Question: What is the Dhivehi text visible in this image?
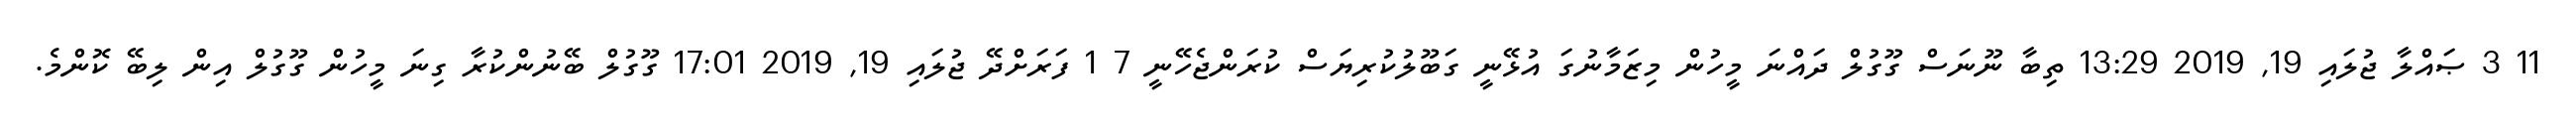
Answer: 11 3 ޞައްލާ ޖުލައި 19, 2019 13:29 ތިބާ ނޫނަސް ގޫގުލް ދައްނަ މީހުން މިޒަމާނުގަ އުޅޭނީ ގަބޫލުކުރިޔަސް ކުރަންޖެހޭނީ 7 1 ފަރަށްދޭ ޖުލައި 19, 2019 17:01 ގޫގުލް ބޭނުންކުރާ ގިނަ މީހުން ގޫގުލް އިން ލިބޭ ކޮންމެ.